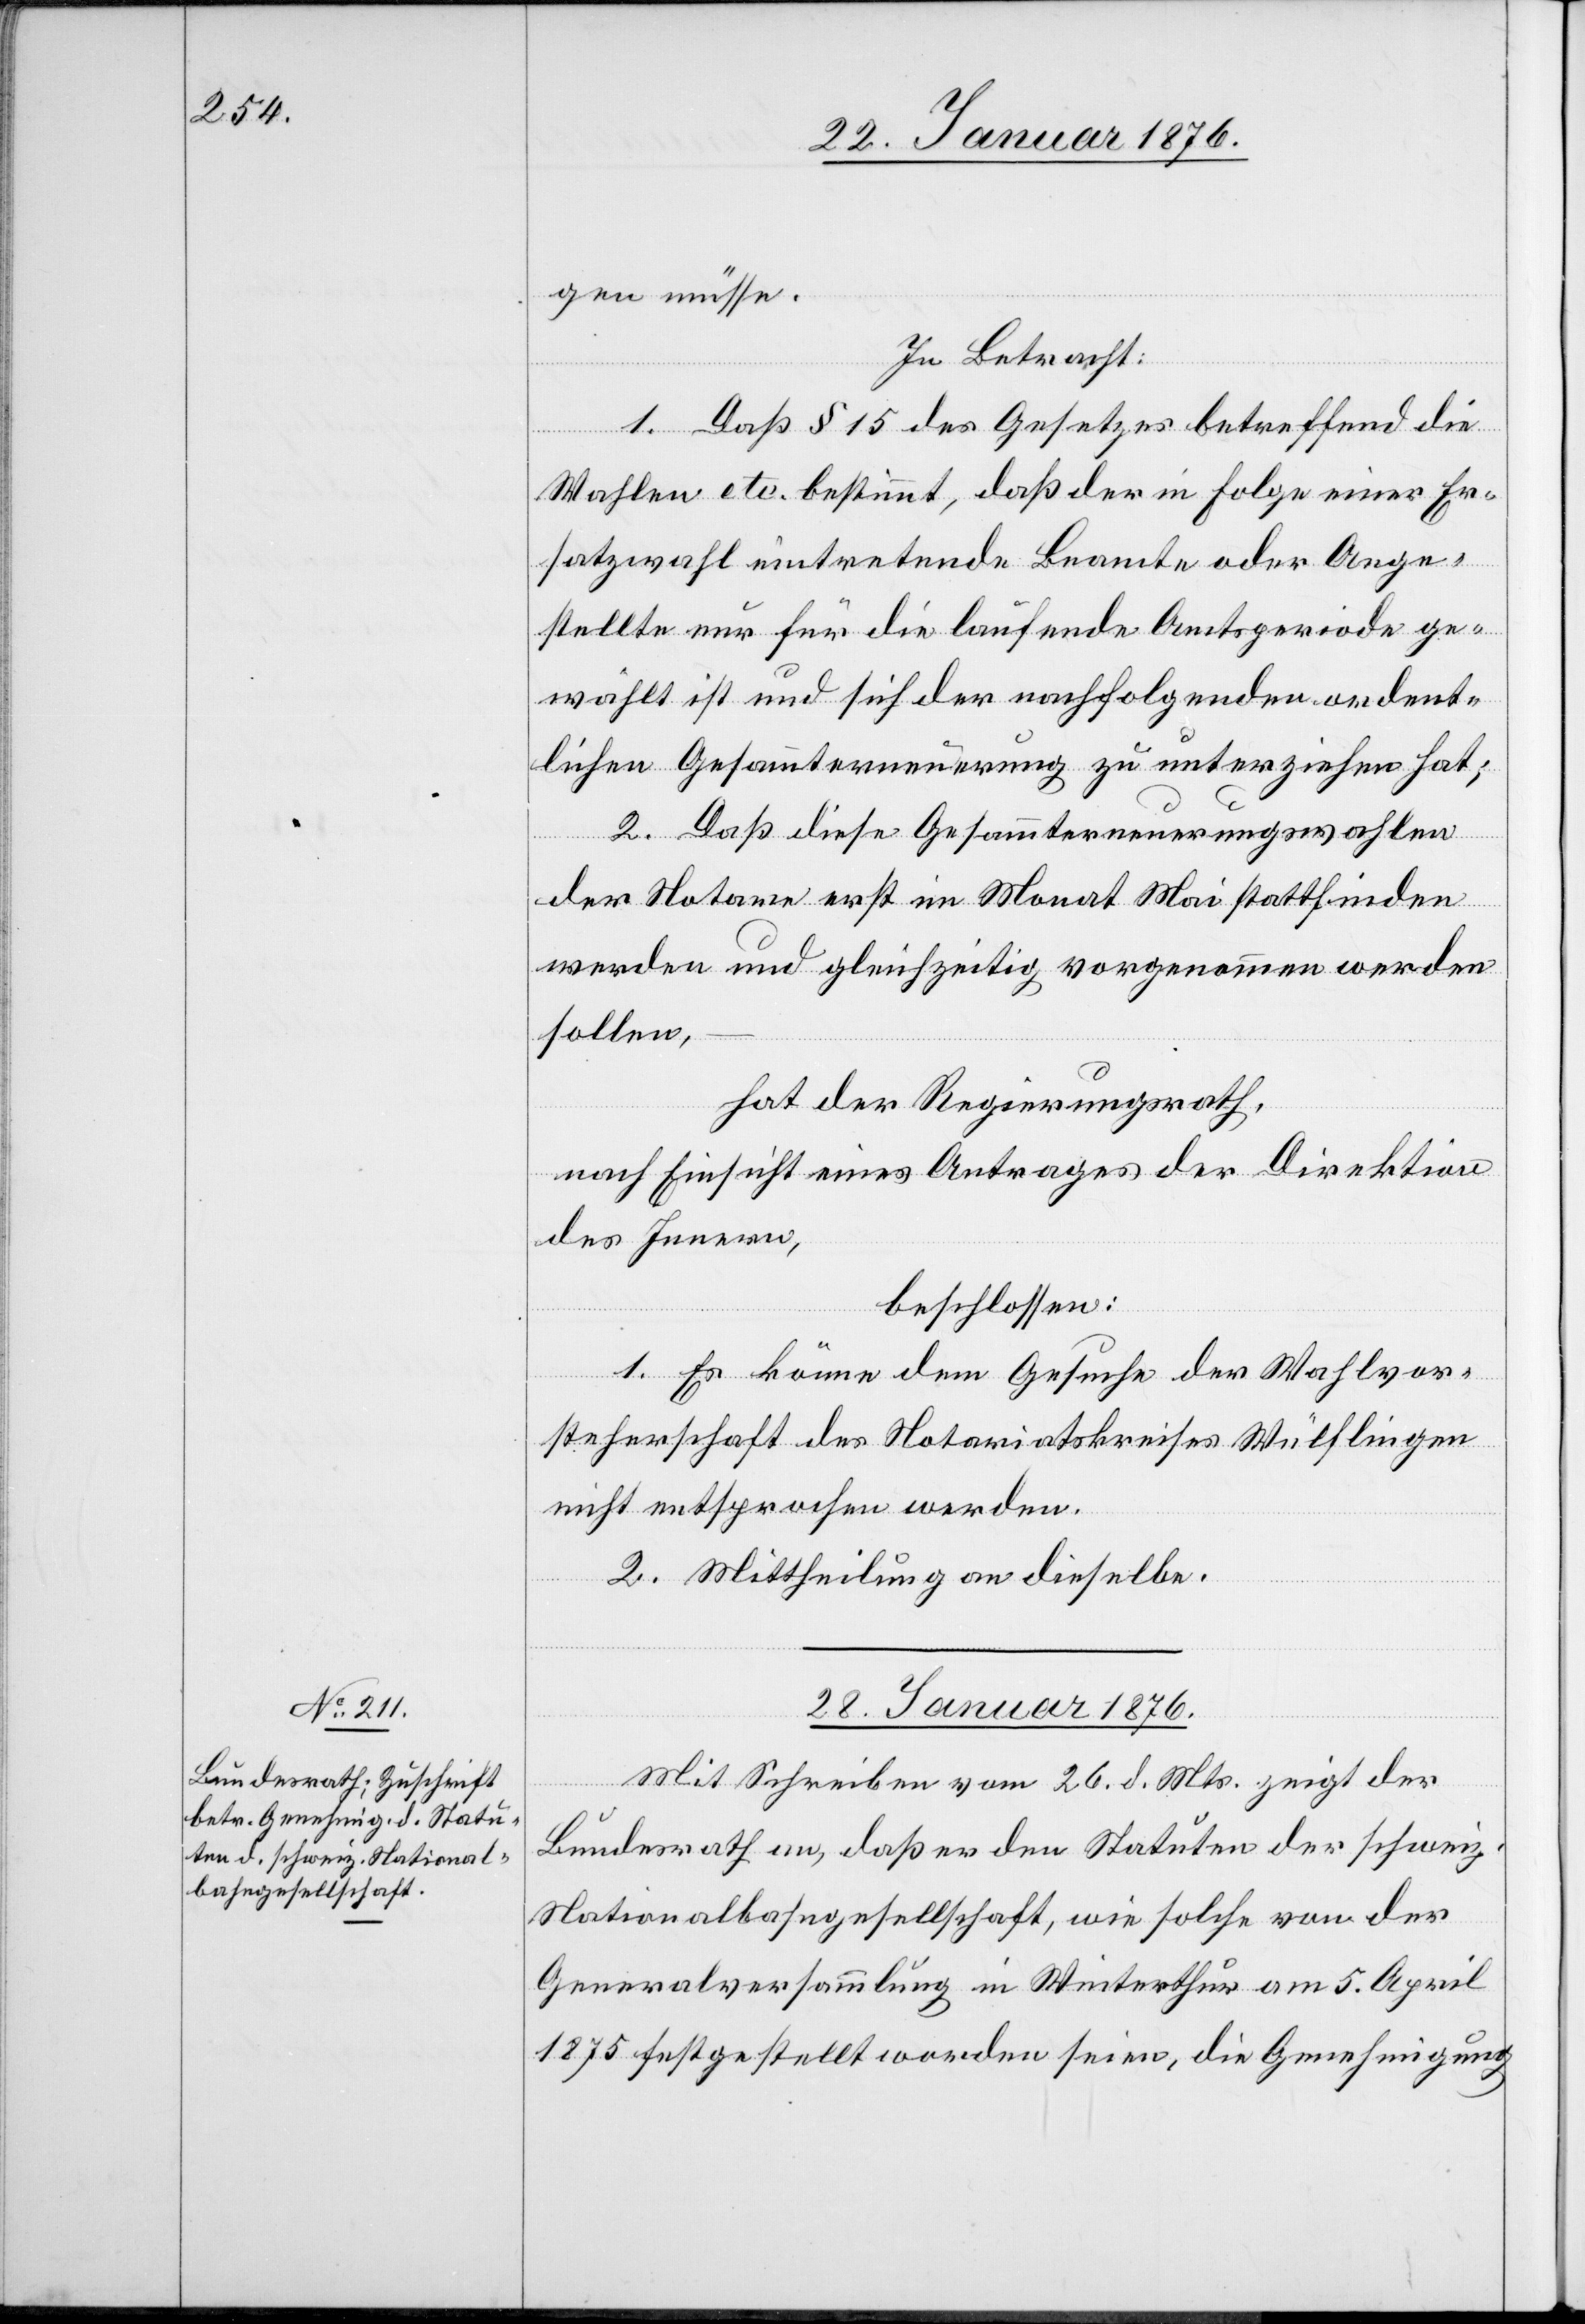
gen müsse.
In Betracht:
1. Daß § 15 des Gesetzes betreffen die
Wahlen etc. bestimmt, daß der in Folge einer Er¬
satzwahl eintretende Beamte oder Ange¬
stellte nur für die laufende Amtsperiode ge¬
wählt ist und sich der nachfolgenden ordent¬
lichen Gesammterneuerung zu unterziehen hat;
2. Daß diese Gesammterneuerungswahlen
der Notare erste im Monat Mai stattfinden
werden und gleichzeitig vorgenommen werden
sollen,
hat der Regierungsrath,
nach Einsicht eines Antrages der Direktion
des Innern,
beschlossen:
1. Es könne dem Gesuche der Wahlvor¬
steherschaft des Notariatskreises Wülflingen
nicht entsprochen werden.
2. Mittheilung an dieselbe.
28. Januar 1876.
Mit Schreiben vom 26. d. Mts. zeigt der
Bundesrath an, daß er den Statuten der schweiz.
Nationalbahngesellschaft, wie solche von der
Generalversammlung in Winterthur am 5. April
1875 festgestellt worden seien, die Genehmigung